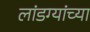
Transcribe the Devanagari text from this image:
लांडग्यांच्या